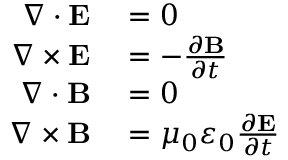
\begin{array} { r l } { \nabla \cdot \mathbf { E } } & { { } = 0 } \\ { \nabla \times \mathbf { E } } & { { } = - { \frac { \partial \mathbf { B } } { \partial t } } } \\ { \nabla \cdot \mathbf { B } } & { { } = 0 } \\ { \nabla \times \mathbf { B } } & { { } = \mu _ { 0 } \varepsilon _ { 0 } { \frac { \partial \mathbf { E } } { \partial t } } } \end{array}